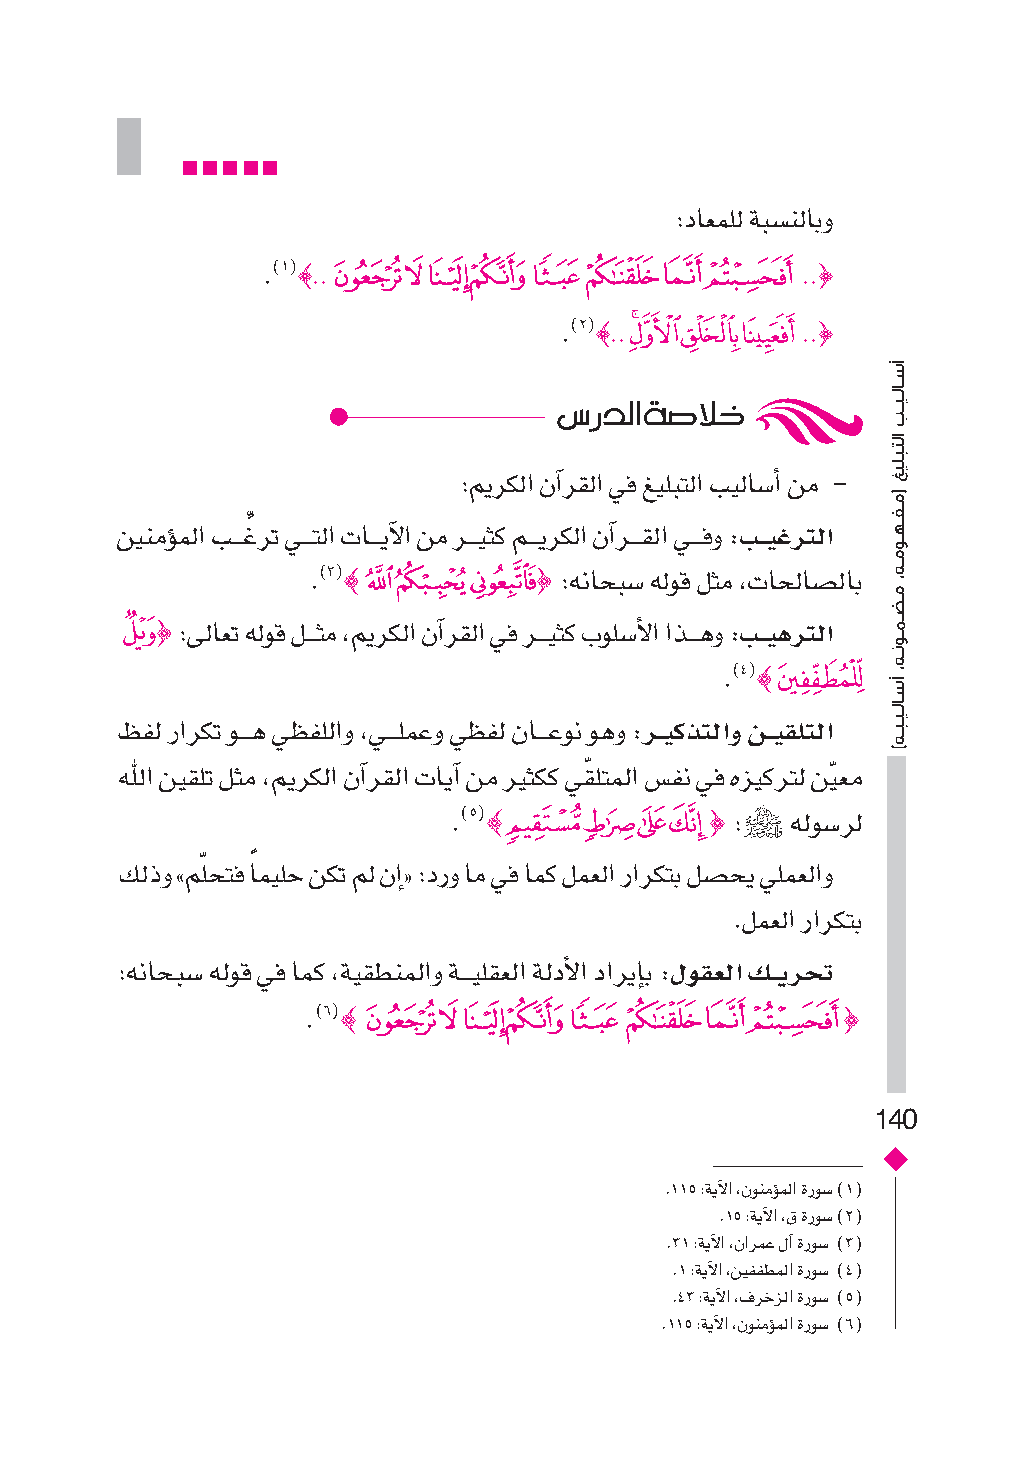
:داعملل ةبس�نلابو
 .(1({..ﯖﯕﯔﯓﮱﮰﮯﮮ                     ..}
 .(2({..ﯷﯶﯵﯴ     ..}
 س�ردل ا ةص�لاخ
 :ميركل� نآ�رقل� يف غيلبتل� بيلاس�أ� نم -
 نينمؤومل� بـــغِّ رت يـــتل� تاـــيآل� نم رـــيثك مـــيركل� نآ�رـــقل� يـــفو :بـــيغرتلا
 .(3({ﭵﭴﭳ}        :هناحبس� هلوق لثم ،تاحلاس�لاب
 ﯖ}  :ىلاعت هلوق لـــثم ،ميركل� نآ�رقل� يف رـــيثك بولس�أل� �ذـــهو :بـــيهرتلا
 .(4({
 ﯗ
 ظفل ر�ركت وـــه يظفلل�و ،يـــلمعو يظفل ناـــعون وهو :رــــيكذتلاو نــــيقلتلا
 لله� نيقلت لثم ،ميركل� نآ�رقل� تايآ� نم ريثكك يقّ لتمل� ص�فن يف هزيكرتل نيّ عم
 .(5({            } :P هلوس�رل
 ﯔﯓﮱﮰ
 كلذو »ملّ حتف اً ميلح نكت مل نإ�« :درو ام يف امك لمعل� ر�ركتب لس�حي يلمعل�و
 .لمعل� ر�ركتب
 :هناحبس� هلوق يف امك ،ةيقطنمل�و ةـــيلقعل� ةلدأل� د�ريإاب :لوقعلا كــــيرحت
 .(6({                               }
 ﯖﯕﯔﯓﮱﮰﮯﮮ
 140
 .115 :ةيآل� ،نونمؤومل� ةروس� (1(
 .15 :ةيآل� ،ق ةروس� (2(
 .31 :ةيآل� ،ن�رمع لآ� ةروس� (3(
 .1 :ةيآل� ،نيففطمل� ةروس� (4(
 .43 :ةيآل� ،فرخزل� ةروس� (5(
 .115 :ةيآل� ،نونمؤومل� ةروس� (6(
 �����������ب
 �������
 (��������������
 ��������������
 ��������������)